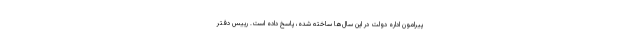
پیرامون اداره دولت در این سال‌ها ساخته شده، پاسخ داده است. رییس دفتر